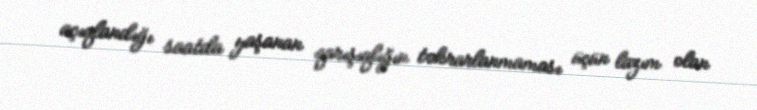
açıqlandığı saatda yaşanan qarışıqlığın təkrarlanmaması üçün lazım olan